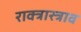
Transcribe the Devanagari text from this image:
राक्त्रास्त्राव